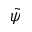
\tilde { \psi }